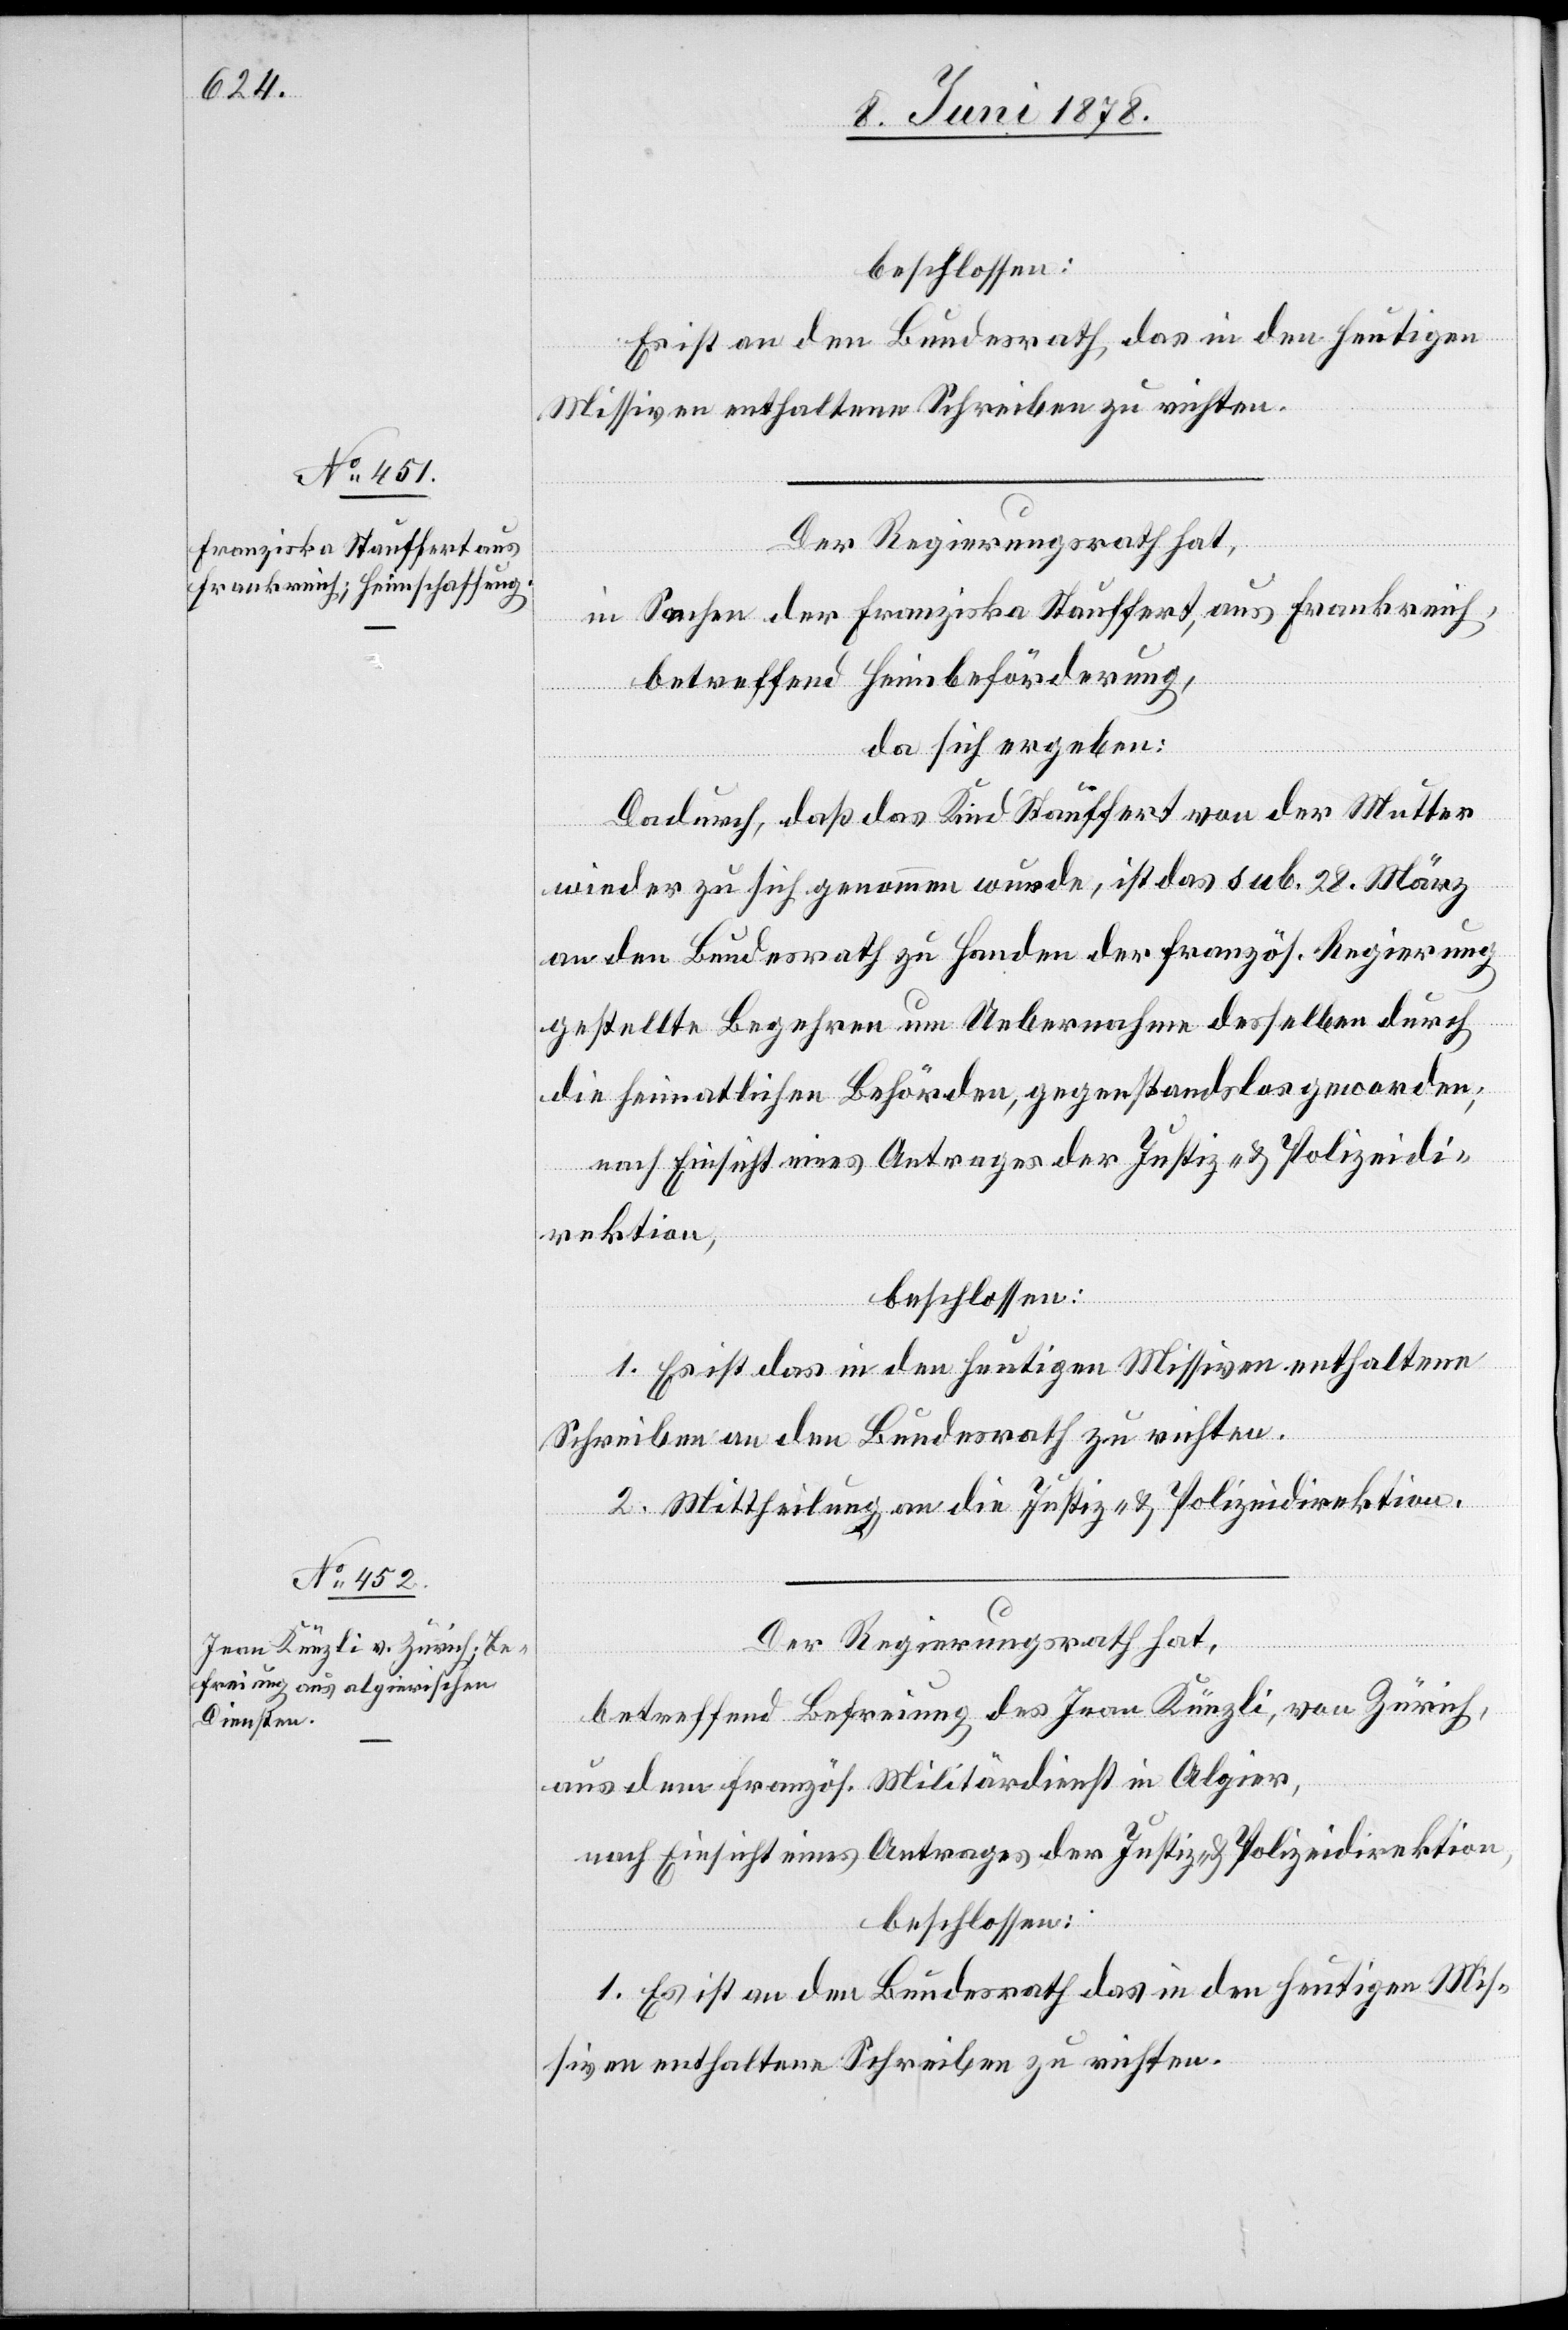
beschlossen:
Es ist an den Bundesrath das in den heutigen
Missiven enthaltene Schreiben zu richten.
Der Regierungsrath hat,
in Sachen der Franziska Stauffert, aus Frankreich,
betreffend Heimbeförderung,
da sich ergeben:
Dadurch, daß das Kind Stauffert von der Mutter
wieder zu sich genommen wurde, ist das sub. 28 März
an den Bundesrath zu Handen der französ. Regierung
gestellte Begehren um Uebernahme desselben durch
die heimatlichen Behörden, gegenstandslos geworden;
nach Einsicht eines Antrages der Justiz- & Polizeidi¬
rektion,
beschlossen:
1. Es ist das in den heutigen Missiven enthaltene
Schreiben an den Bundesrath zu richten.
2. Mittheilung an die Justiz- & Polizeidirektion.
Der Regierungsrath hat,
betreffend Befreiung des Jean Künzli, von Zürich,
aus dem französ. Militärdienst in Algier,
nach Einsicht eines Antrages der Justiz- & Polizeidirektion,
beschlossen:
1. Es ist an den Bundesrath das in den heutigen Mis¬
siven enthaltene Schreiben zu richten.